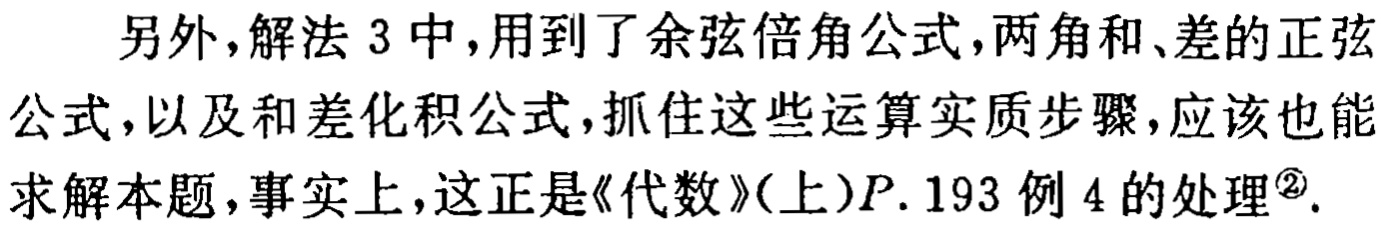
另外，解法 3 中，用到了余弦倍角公式，两角和、差的正弦公式，以及和差化积公式，抓住这些运算实质步骤，应该也能求解本题，事实上，这正是《代数》(上)$P.$193 例 4 的处理\textsuperscript{\textcircled{2}}.